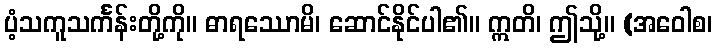
ပံ့သကူသင်္ကန်းတို့ကို။ ဓာရဿောမိ၊ ဆောင်နိုင်ပါ၏။ ဣတိ၊ ဤသို့။ (အဝေါစ၊